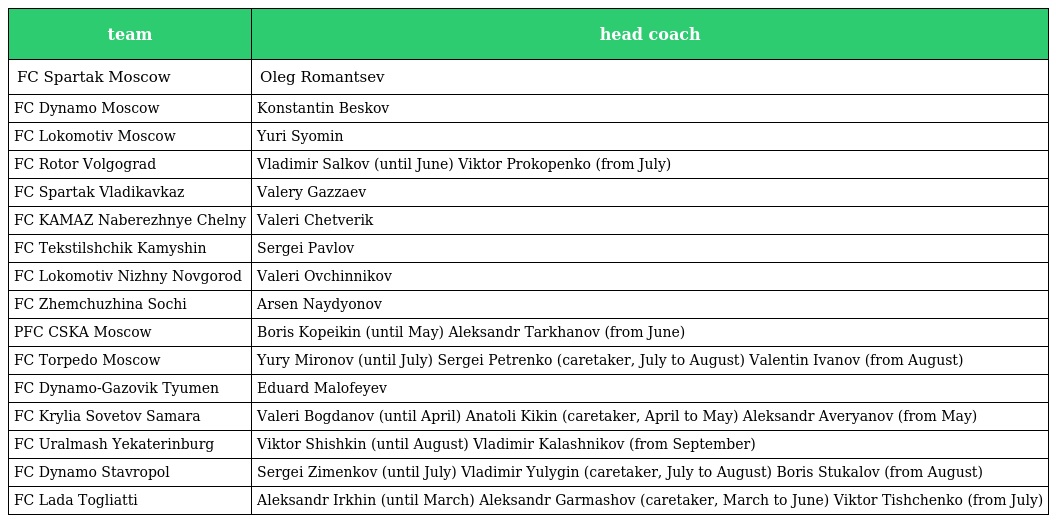
| team | head coach |
 | --- | --- |
 | FC Spartak Moscow | Oleg Romantsev |
 | FC Dynamo Moscow | Konstantin Beskov |
 | FC Lokomotiv Moscow | Yuri Syomin |
 | FC Rotor Volgograd | Vladimir Salkov (until June) Viktor Prokopenko (from July) |
 | FC Spartak Vladikavkaz | Valery Gazzaev |
 | FC KAMAZ Naberezhnye Chelny | Valeri Chetverik |
 | FC Tekstilshchik Kamyshin | Sergei Pavlov |
 | FC Lokomotiv Nizhny Novgorod | Valeri Ovchinnikov |
 | FC Zhemchuzhina Sochi | Arsen Naydyonov |
 | PFC CSKA Moscow | Boris Kopeikin (until May) Aleksandr Tarkhanov (from June) |
 | FC Torpedo Moscow | Yury Mironov (until July) Sergei Petrenko (caretaker, July to August) Valentin Ivanov (from August) |
 | FC Dynamo-Gazovik Tyumen | Eduard Malofeyev |
 | FC Krylia Sovetov Samara | Valeri Bogdanov (until April) Anatoli Kikin (caretaker, April to May) Aleksandr Averyanov (from May) |
 | FC Uralmash Yekaterinburg | Viktor Shishkin (until August) Vladimir Kalashnikov (from September) |
 | FC Dynamo Stavropol | Sergei Zimenkov (until July) Vladimir Yulygin (caretaker, July to August) Boris Stukalov (from August) |
 | FC Lada Togliatti | Aleksandr Irkhin (until March) Aleksandr Garmashov (caretaker, March to June) Viktor Tishchenko (from July) |